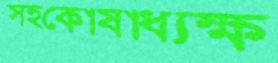
সহকোষাধ্যক্ষ